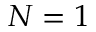
N = 1